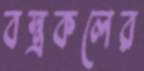
বস্ত্রকলের